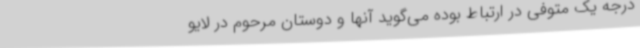
درجه یک متوفی در ارتباط بوده می‌گوید آنها و دوستان مرحوم در لایو